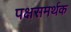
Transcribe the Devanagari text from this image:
पक्षसमर्थक